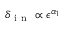
\delta _ { \mathrm { ~ i ~ n ~ } } \propto \epsilon ^ { \alpha _ { 1 } }